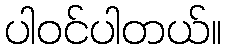
ပါဝင်ပါတယ်။